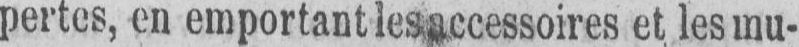
pertes, en emportant les accessoires et les mu-